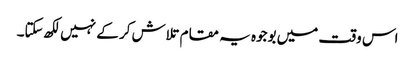
اس وقت میں بوجوہ یہ مقام تلاش کر کے نہیں لکھ سکتا۔